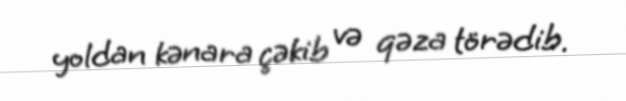
yoldan kənara çəkib və qəza törədib.